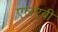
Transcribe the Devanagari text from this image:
एलएबी